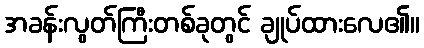
အခန်းလွတ်ကြီးတစ်ခုတွင် ချုပ်ထားလေ၏။